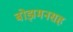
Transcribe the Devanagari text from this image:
बोझमनसह